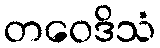
တဝေဒိသံ